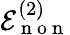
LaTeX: \mathcal{E}_{\mathrm{~n~o~n~}}^{(2)}